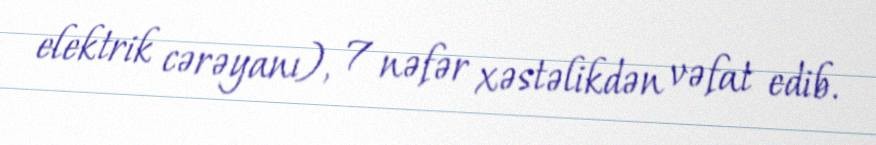
elektrik cərəyanı), 7 nəfər xəstəlikdən vəfat edib.